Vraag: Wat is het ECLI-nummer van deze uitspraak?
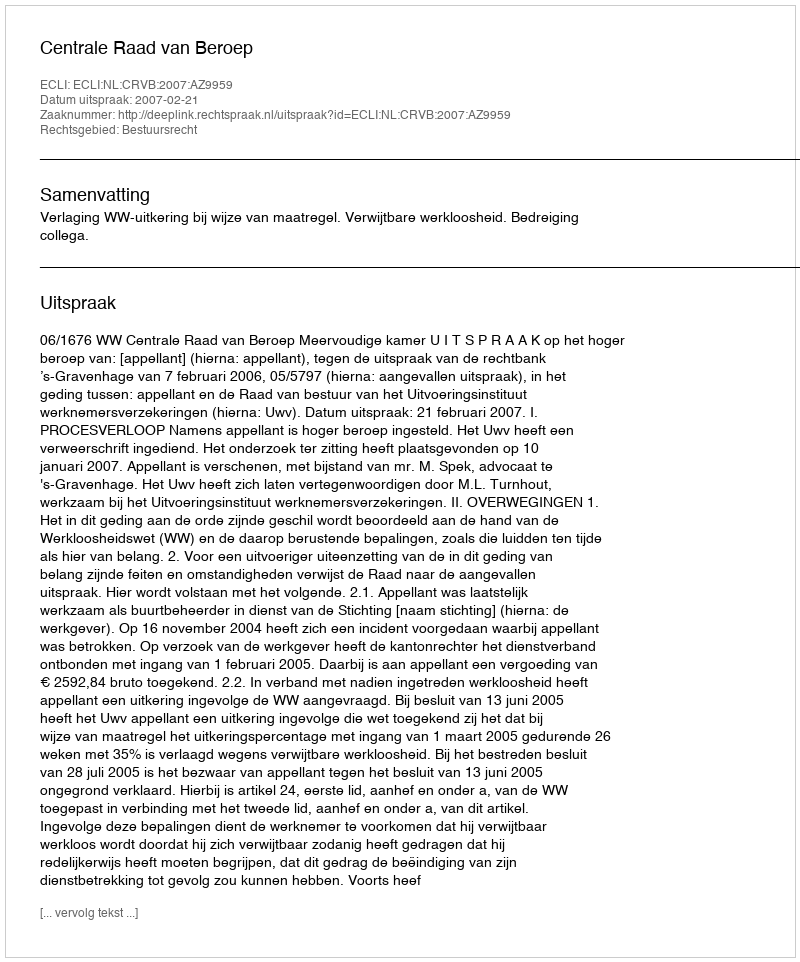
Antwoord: ECLI:NL:CRVB:2007:AZ9959